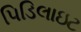
પિડિલાઇટ